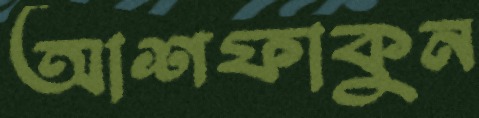
আশফাকুন